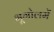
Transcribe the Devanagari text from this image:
भूगोलमें